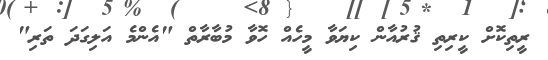
ރީތިކޮށް ކީރިތި ޤުރުއާން ކިޔަވާ މީހެއް ހޮވާ މުބާރާތް "އެންމެ އަލިގަދަ ތަރި"